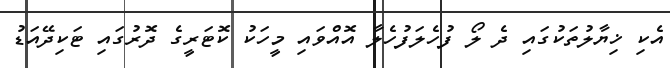
އެކި ޚިޔާލުތަކުގައި ދެ ލޯ ފުހެލަފުހެލާ އޮއްވައި މީހަކު ކޮޓަރީގެ ދޮރުގައި ޓަކިދޭއަޑު